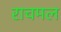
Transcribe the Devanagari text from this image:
राचमल